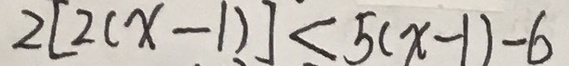
2 [ 2 ( x - 1 ) ] < 5 ( x - 1 ) - 6